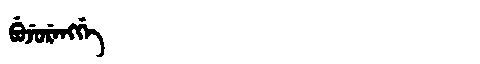
Manchu: ᠪᡠᠵᡠᡵᡝᠩᡤᡝ
Romanization: BUJURENGGE